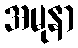
အမုနာ